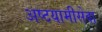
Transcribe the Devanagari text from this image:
अष्टयामीसेवा